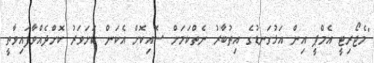
"މެޖޯރިޓީ އެމްޕީ އިން އަޅުގަނޑުގެ އިތުބާރު ނެތްކަމަށް ސޮއިކޮށް އެކަން ކަށަވަރު ކޮށްދެއްވާފައިވާތީ